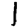
Digit: 1